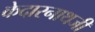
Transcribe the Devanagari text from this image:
केदारनाथजी